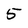
Character: 5